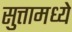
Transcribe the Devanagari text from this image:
सुत्तामध्ये